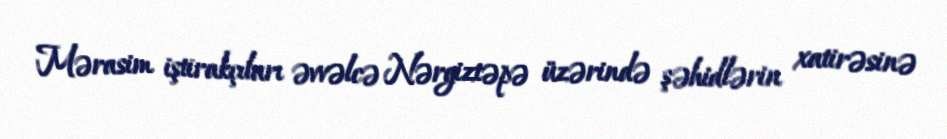
Mərasim iştirakçıları əvvəlcə Nərgiztəpə üzərində şəhidlərin xatirəsinə